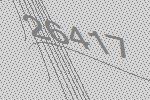
26417